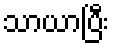
သာယာပြီး